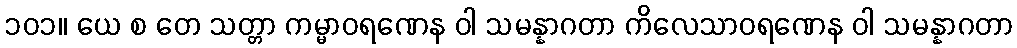
၁၀၁။ ယေ စ တေ သတ္တာ ကမ္မာဝရဏေန ဝါ သမန္နာဂတာ ကိလေသာဝရဏေန ဝါ သမန္နာဂတာ